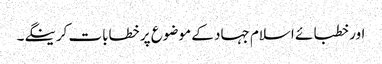
اور خطبائے اسلام جہاد کے موضوع پر خطابات کرینگے۔